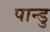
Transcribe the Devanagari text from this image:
पान्डु